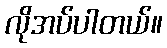
လိုအပ်ပါတယ်။